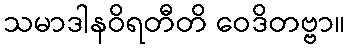
သမာဒါနဝိရတီတိ ဝေဒိတဗ္ဗာ။